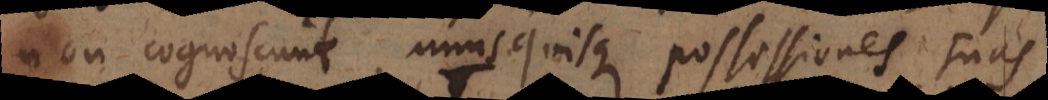
non cognoscunt, unusquisque possessiones suas